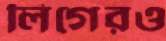
লিগেরও